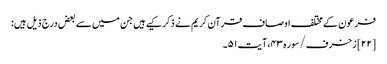
فرعون کے مختلف اوصاف قرآن کریم نے ذکر کیے ہیں جن میں سے بعض درج ذیل ہیں:
[۲۲] زخرف/سوره۴۳، آیت ۵۱۔